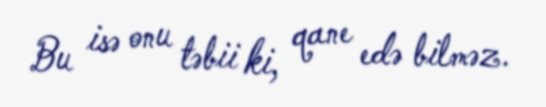
Bu isə onu təbii ki, qane edə bilməz.